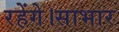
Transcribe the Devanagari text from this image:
रहेंगे।साभार